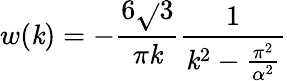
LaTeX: w(\mathit{k})=-\frac{{6\sqrt{}{{3}}}}{{\pi\mathit{k}}}\frac{{1}}{{\mathit{k}^{2}-\frac{{\pi^{2}}}{{\alpha^{2}}}}}